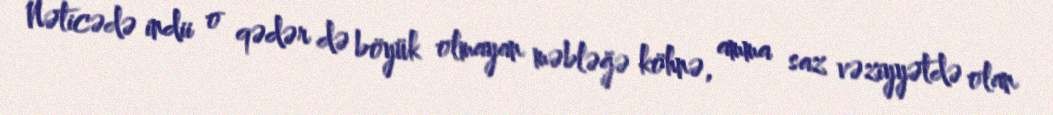
Nəticədə indii o qədər də böyük olmayan məbləğə köhnə, amma saz vəziyyətdə olan